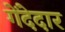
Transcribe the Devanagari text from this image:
गेंदेदार